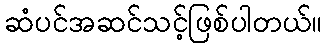
ဆံပင်အဆင်သင့်ဖြစ်ပါတယ်။